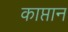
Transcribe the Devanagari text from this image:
काप्तान